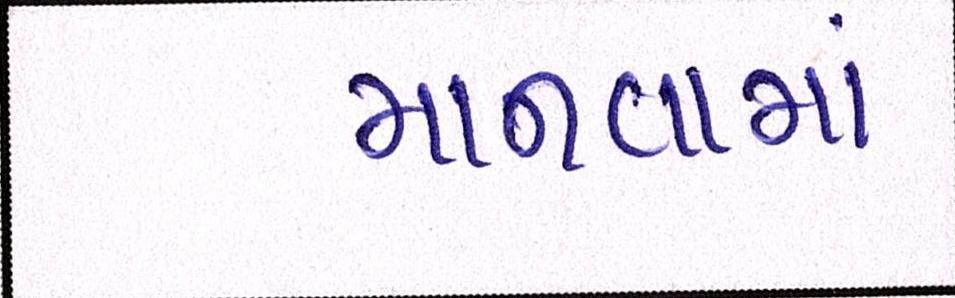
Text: માનવામાં